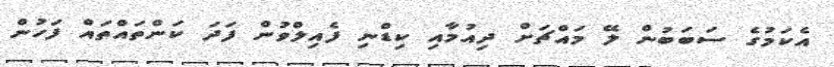
އެކަމުގެ ސަބަބުން ލޭ މައްޗަށް ދިއުމާއި ކިޑްނި ފެއިލްވުން ފަދަ ކަންތައްތައް ފަހުން